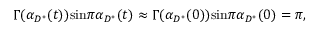
\Gamma ( { \alpha } _ { { D } ^ { * } } ( t ) ) \mathrm { s i n } \pi { \alpha } _ { { D } ^ { * } } ( t ) \approx \Gamma ( { \alpha } _ { { D } ^ { * } } ( 0 ) ) \mathrm { s i n } \pi { \alpha } _ { { D } ^ { * } } ( 0 ) = \pi ,